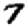
Digit: 7